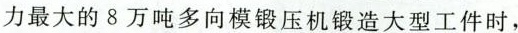
力最大的8万吨多向模锻压机锻造大型工件时，